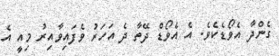
ގެންދާ އެވޯޑެކެވެ. އެ އެވޯޑް ދޭތާ ދެ އަހަރު ވެފައިވާއިރު މިއީ އެ